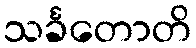
သင်္ခတောတိ